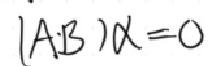
\((A\oplus B)\alpha = 0\)